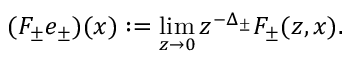
( F _ { \pm } e _ { \pm } ) ( x ) : = \operatorname * { l i m } _ { z \to 0 } z ^ { - \Delta _ { \pm } } F _ { \pm } ( z , x ) .